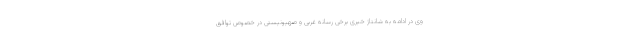
وی در ادامه به شانتاژ خبری برخی رسانه غربی و صهیونیستی در خصوص توافق